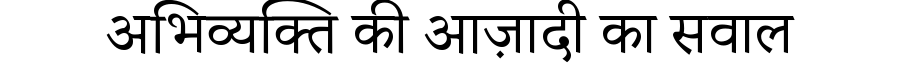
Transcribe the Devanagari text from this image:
अभिव्यक्ति की आज़ादी का सवाल